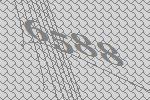
6588